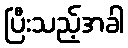
ပြီးသည့်အခါ